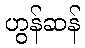
ဟွန်ဆန်